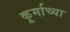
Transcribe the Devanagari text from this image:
कूर्माच्या